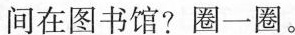
间在图书馆?圈一圈。